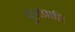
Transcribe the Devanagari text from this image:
पुनप्राप्ति